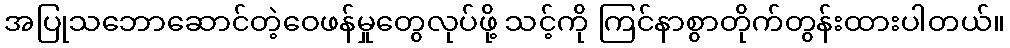
အပြုသဘောဆောင်တဲ့ဝေဖန်မှုတွေလုပ်ဖို့ သင့်ကို ကြင်နာစွာတိုက်တွန်းထားပါတယ်။